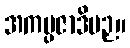
အကမ္ပဇာဒိပဉှ။